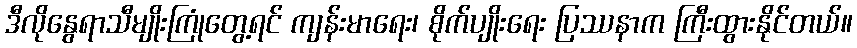
ဒီလိုနွေရာသီမျိုးကြုံတွေ့ရင် ကျန်းမာရေး၊ စိုက်ပျိုးရေး ပြဿနာက ကြီးထွားနိုင်တယ်။